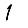
Digit: 1